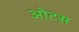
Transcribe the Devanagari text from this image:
ओटस